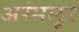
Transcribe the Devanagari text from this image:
अरंमलूर